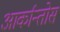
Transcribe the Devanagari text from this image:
आर्कान्तोस